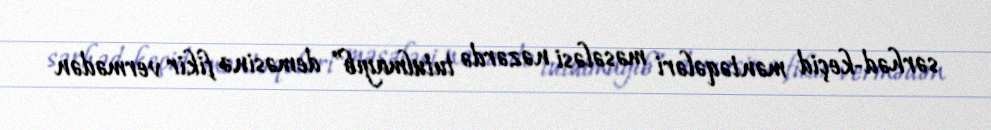
sərhəd-keçid məntəqələri məsələsi nəzərdə tutulmayıb” deməsinə fikir vermədən